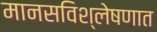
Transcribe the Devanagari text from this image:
मानसविश्लेषणात